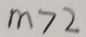
m > 2